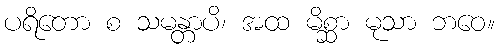
ပရိတော စ သမန္တာပိ၊ အထ မိစ္ဆာ မုသာ ဘဝေ။